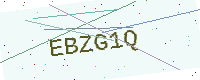
Text: EBZG1Q